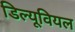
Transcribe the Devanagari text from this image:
डिल्यूवियल